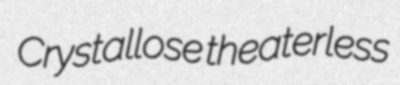
Crystallose theaterless